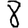
Digit: 8